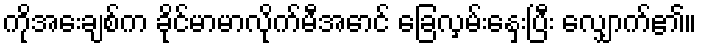
ကိုအေးချစ်က ခိုင်မာမာလိုက်မီအောင် ခြေလှမ်းနှေးပြီး လျှောက်၏။